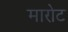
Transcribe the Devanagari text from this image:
मारोट